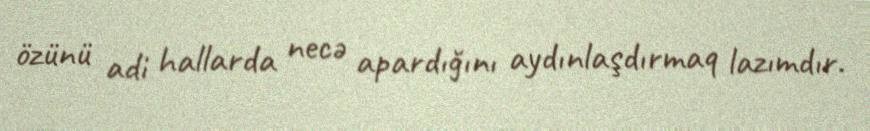
özünü adi hallarda necə apardığını aydınlaşdırmaq lazımdır.